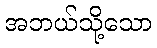
အဘယ်သို့သော